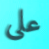
على